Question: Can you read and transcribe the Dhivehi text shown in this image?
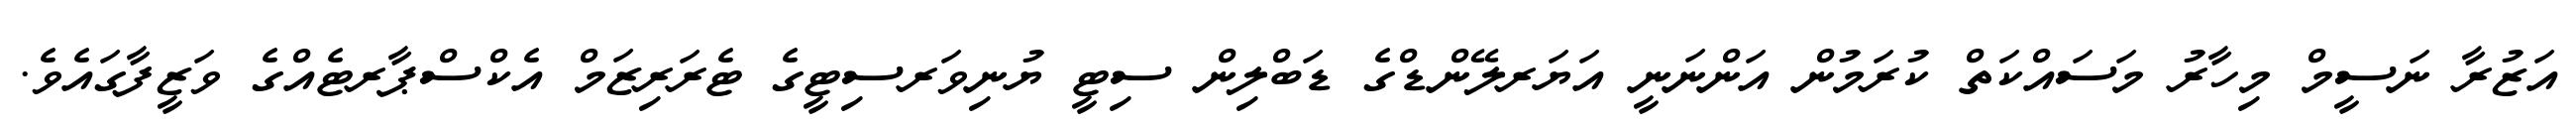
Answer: އަޒުރާ ނަސީމް މިހާރު މަސައްކަތް ކުރަމުން އަންނަނީ އަޔަރލޭންޑްގެ ޑަބްލިން ސިޓީ ޔުނިވަރސިޓީގެ ޓެރަރިޒަމް އެކްސްޕާރޓެއްގެ ވަޒީފާގައެވެ.